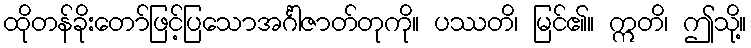
ထိုတန်ခိုးတော်ဖြင့်ပြသောအင်္ဂါဇာတ်တုကို။ ပဿတိ၊ မြင်၏။ ဣတိ၊ ဤသို့။